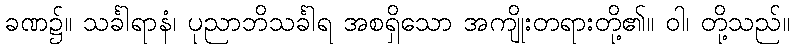
ခဏ၌။ သင်္ခါရာနံ၊ ပုညာဘိသင်္ခါရ အစရှိသော အကျိုးတရားတို့၏။ ဝါ၊ တို့သည်။